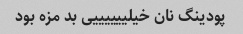
پودینگ نان خیلییییییی بد مزه بود